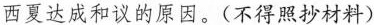
西夏达成和议的原因。(不得照抄材料)